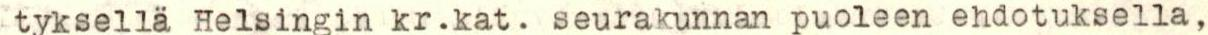
tyksellä Helsingin kr.kat. seurakunnan puoleen ehdotuksella,